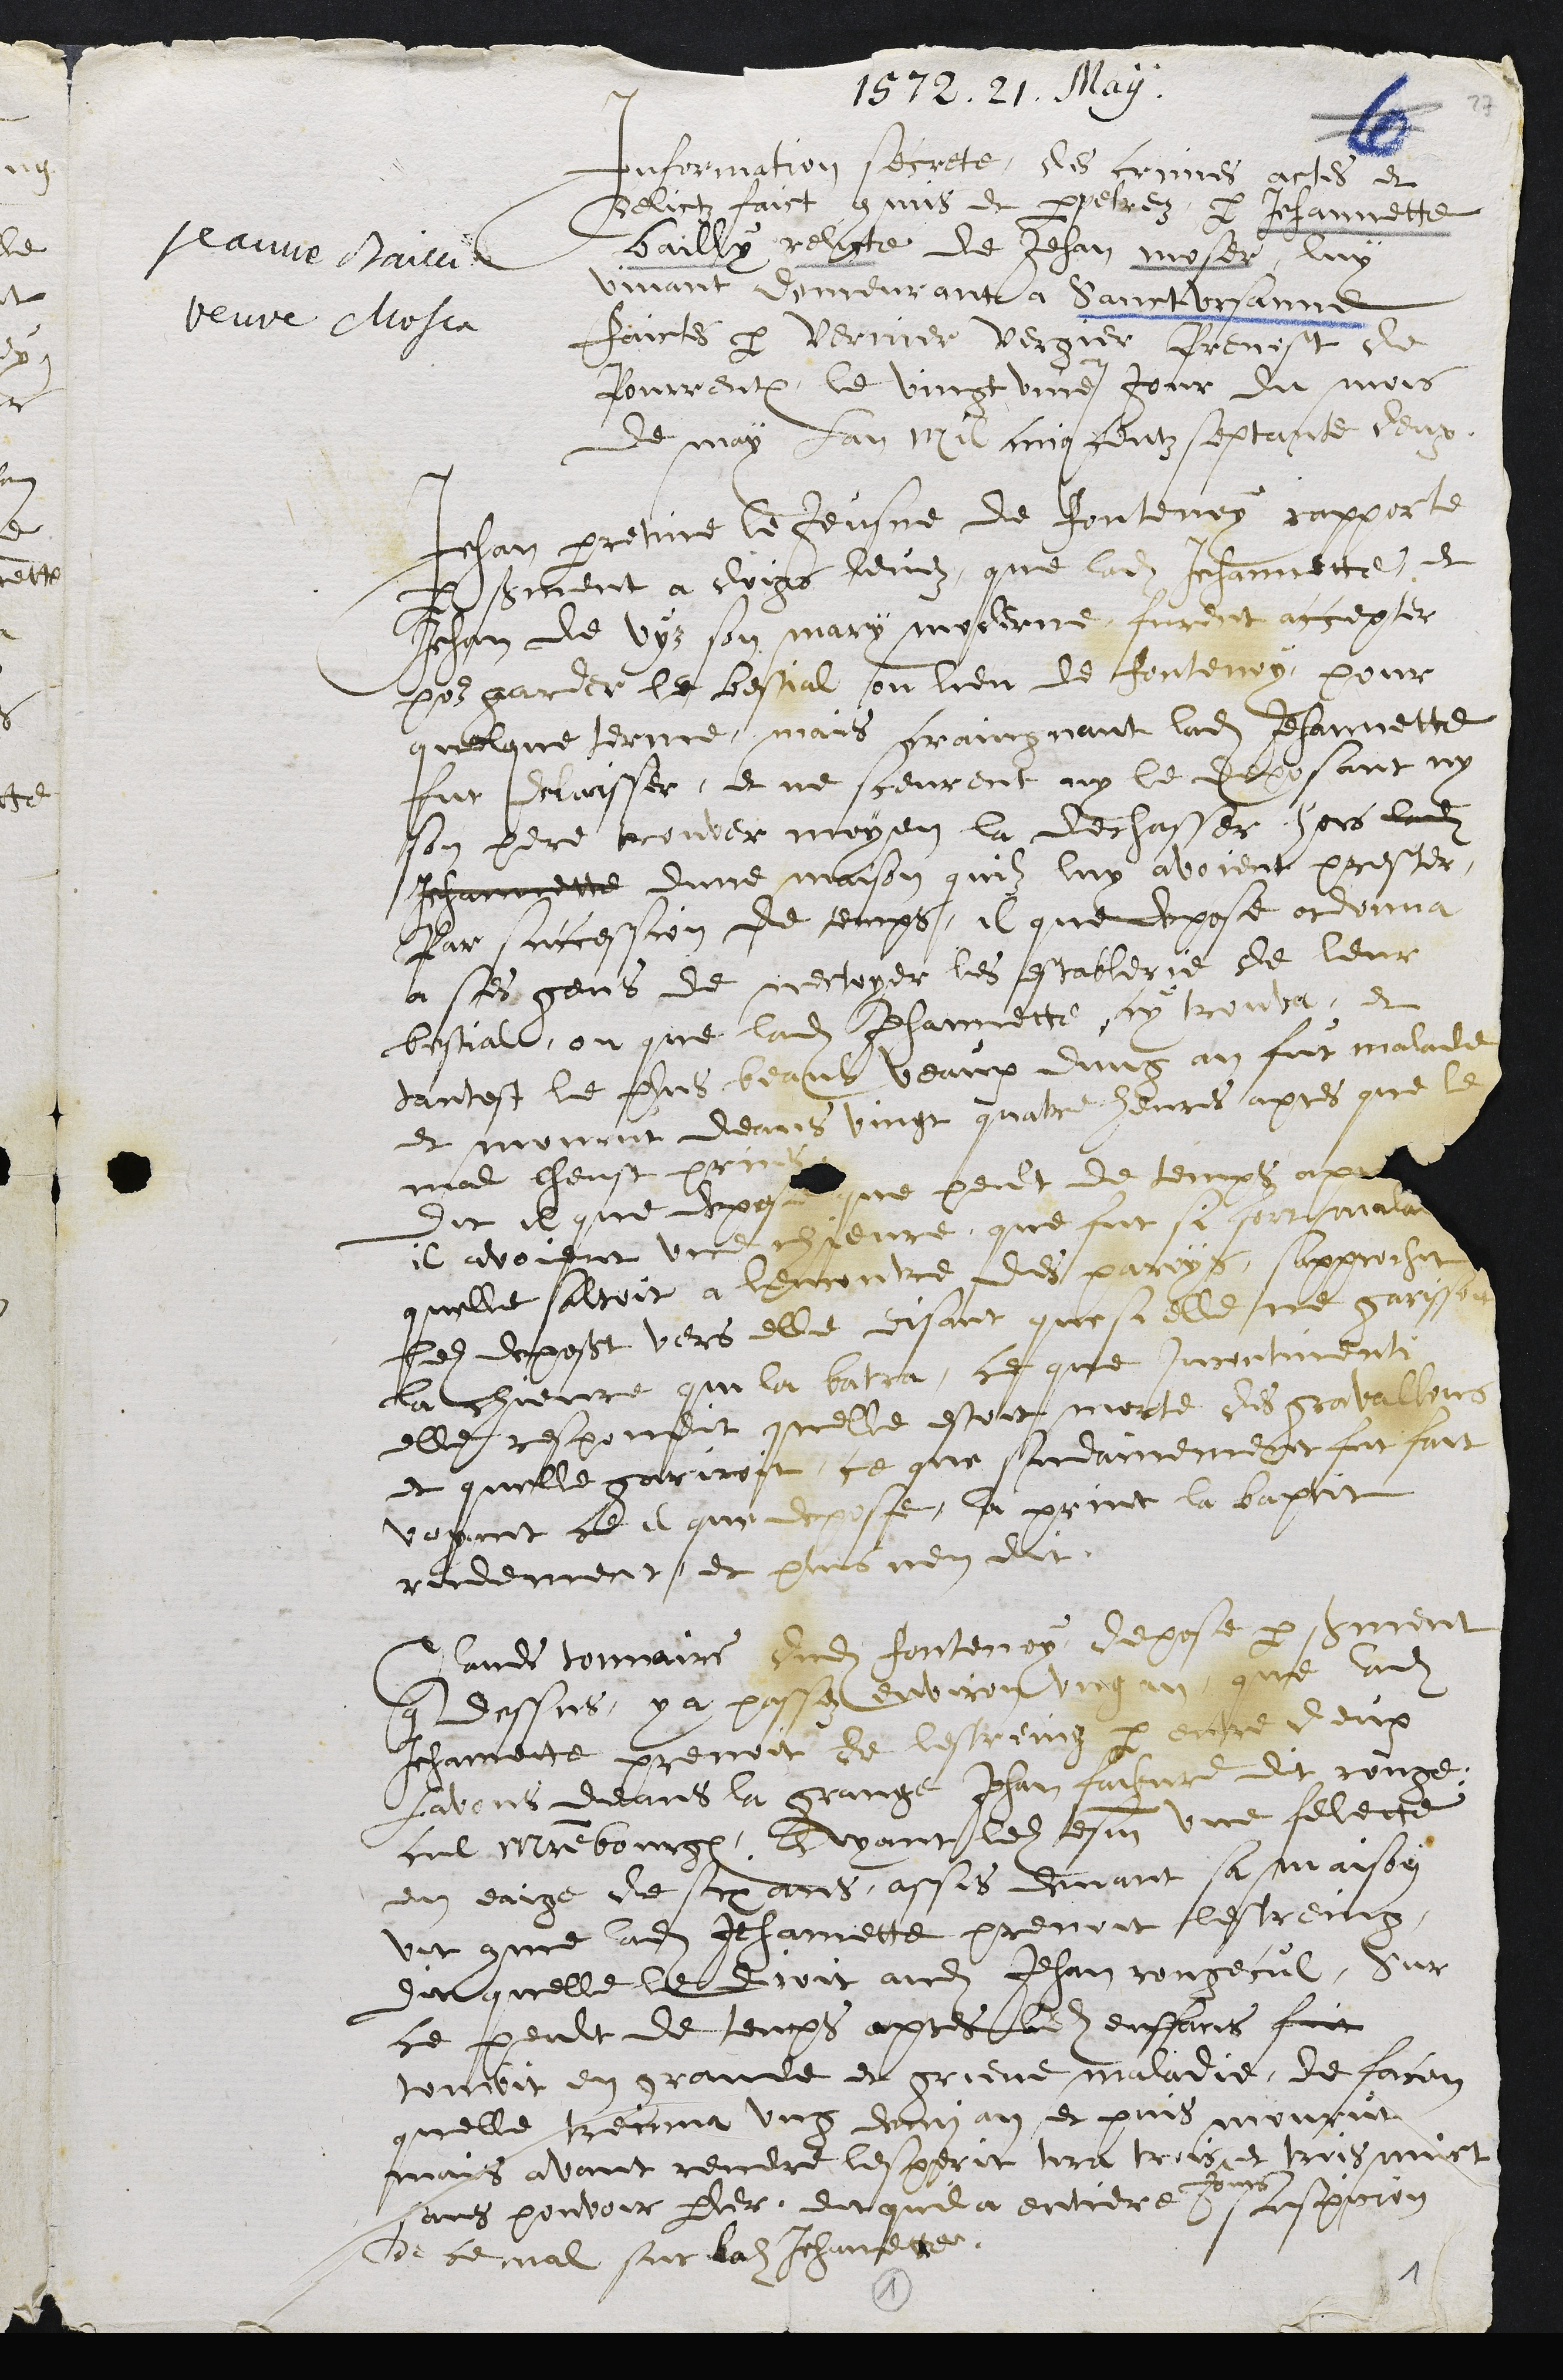
1572. 21. May.
Jeanne Baivil
beure Mlosca
Information secrete, les crimes aches et
Belictz faict cais et perpesréz, par Jehannette
bailly relicte de Jehan moser, luy
vivant demeurant à Sanct Ursanne
faictes par Vernicer vergier grenist de
Pourrentruy, le vingt une jour du mois
de may lan mi cinqceutz septante deux.
chan pretine le Jeusne de Jontenoy rapporte
Irment a doigs henez, que ladite Jehannette, et
Jehan de vys son mary moceene, furent accepter
pour parder le bestial sou lieu de fontenoy, pour
quelque terme, mais graingnant ladite Jehannette
fut maisser, et ne sceurent ny le deposant ny
son pere trouver moyen la dechasser hors ladit
Jehannette dune maison quilz luy avoient prester
par successcon de temps, il que depose otdonna
a ses gens de restoyer les establerie de leur
bestiale, ou que ladite Jehannette sy trouva, et
dantest le flus beaus veaux dung an fut malade
et mourut deans vingt quatre heures apres que le
mal cheust prices
Dit il que deposant ne peult de temps apre
il avoient une chievre, que fut si sour matre
quelle saltoit a lencontre des paroys, sapprochit
ledit deposant vers elle, disant que si elle ne garist
la chienre qui la batra, ce que incontinente
elle, respondit quelle estoit morte des grovallens
et quelle gariroit, ce que surdamement fut fait
voyent ce il que depose, la print la baptit
rudement et plus nen dit
Claude tommaire dudit fonterroy depose par heuent
que dessus, y a passez environ ung an que ladite
Jehannente prenoit de lespeing par entre deux
lavont deans la grange Jehan faisvre dit rouge.
cul mrebourge, Ayant ledit tesm une filecte
en eaige de six ares, assis devant sa maison
vit comme ladite Jehannette prenoit lestreing
dit quelle le droit audit Jehan Rongeeul, Sur
ce peult de temps apres ladite enffans fuit
toubit en grande et grieve maladie, de facon
quelle rrecnnva uncez decn an et puis mourut
as
sans pouvoir parer, dut quil a entiere)e suspiron
de ce mal sur ladite Jehanette